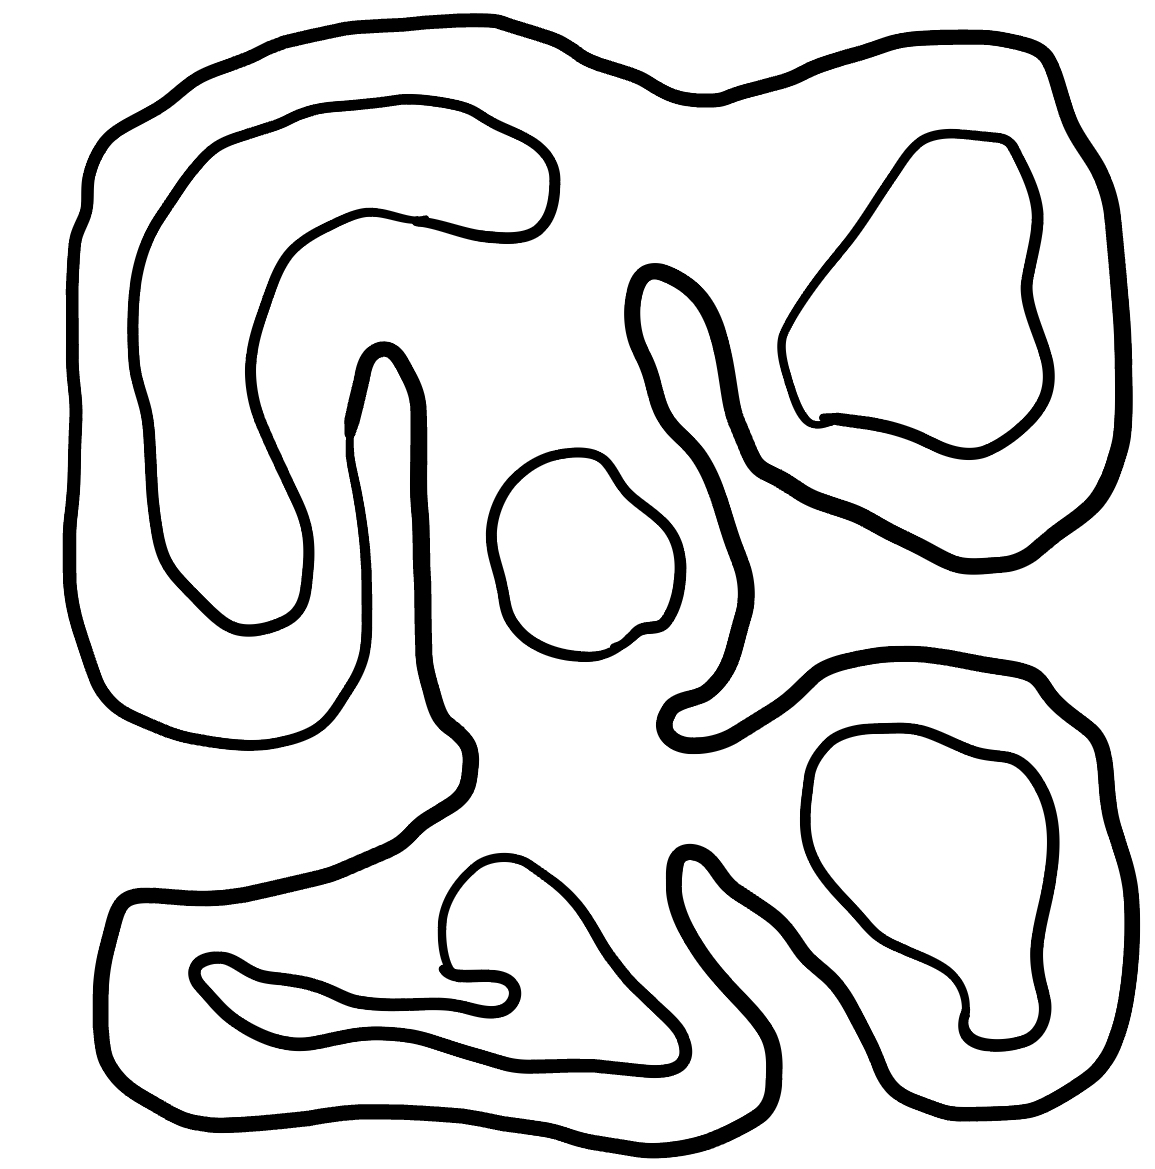
Number of regions (including the outer root region): 7
Containment tree edges (parent, child): 0, 1, 1, 2, 1, 3, 1, 4, 1, 5, 1, 6